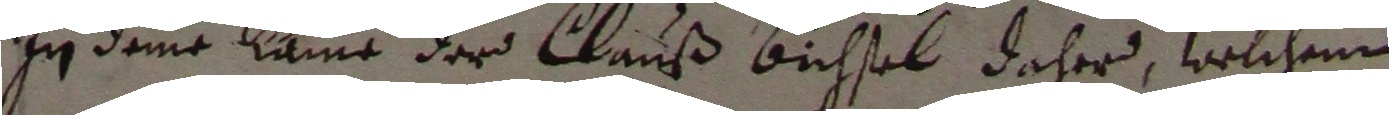
In deme kame der clauß bichsel daher, welchem